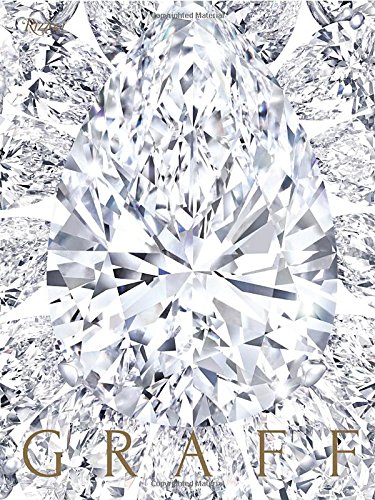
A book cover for Graff; Crafts, Hobbies & Home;